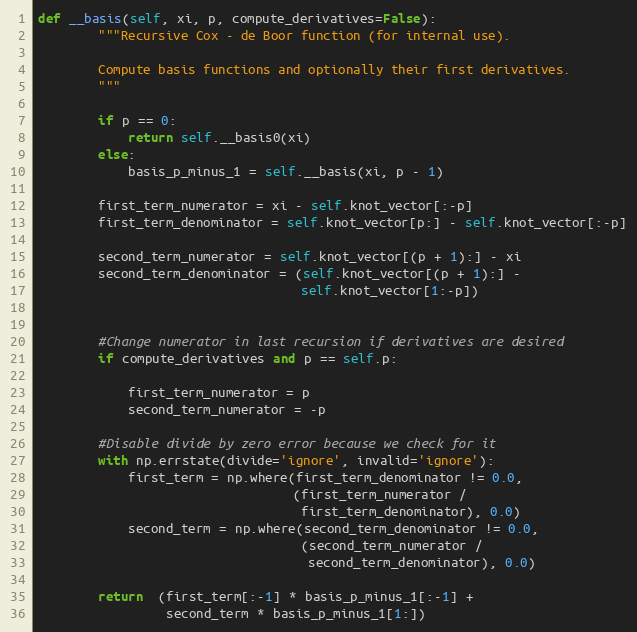
Language: Python
def __basis(self, xi, p, compute_derivatives=False):
        """Recursive Cox - de Boor function (for internal use).

        Compute basis functions and optionally their first derivatives.
        """

        if p == 0:
            return self.__basis0(xi)
        else:
            basis_p_minus_1 = self.__basis(xi, p - 1)

        first_term_numerator = xi - self.knot_vector[:-p]
        first_term_denominator = self.knot_vector[p:] - self.knot_vector[:-p]

        second_term_numerator = self.knot_vector[(p + 1):] - xi
        second_term_denominator = (self.knot_vector[(p + 1):] -
                                   self.knot_vector[1:-p])

        #Change numerator in last recursion if derivatives are desired
        if compute_derivatives and p == self.p:

            first_term_numerator = p
            second_term_numerator = -p

        #Disable divide by zero error because we check for it
        with np.errstate(divide='ignore', invalid='ignore'):
            first_term = np.where(first_term_denominator != 0.0,
                                  (first_term_numerator /
                                   first_term_denominator), 0.0)
            second_term = np.where(second_term_denominator != 0.0,
                                   (second_term_numerator /
                                    second_term_denominator), 0.0)

        return  (first_term[:-1] * basis_p_minus_1[:-1] +
                 second_term * basis_p_minus_1[1:])